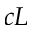
c L